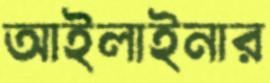
আইলাইনার